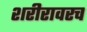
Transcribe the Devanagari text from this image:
शरीरावरच